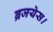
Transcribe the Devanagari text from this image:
ब्रजयेस।